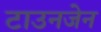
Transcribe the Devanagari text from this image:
टाउनजेन